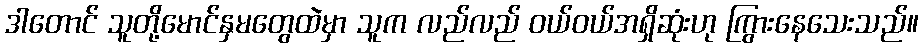
ဒါတောင် သူတို့မောင်နှမတွေထဲမှာ သူက လည်လည် ဝယ်ဝယ်အရှိဆုံးဟု ကြွားနေသေးသည်။